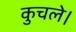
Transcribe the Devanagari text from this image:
कुचले।